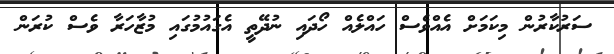
ސަރުކާރުން މިކަމަށް އެއްވެސް ހައްލެއް ހޯދައި ނުދޭތީ އެގައުމުގައި މުޒާހަރާ ވެސް ކުރަން